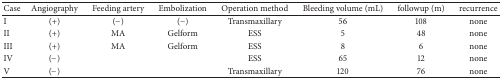
<table><thead><tr><td><b>Case</b></td><td><b>Angiography</b></td><td><b>Feeding artery</b></td><td><b>Embolization</b></td><td><b>Operation method</b></td><td><b>Bleeding volume (mL)</b></td><td><b>followup (m)</b></td><td><b>recurrence</b></td></tr></thead><tbody><tr><td>I</td><td>(+)</td><td>(−)</td><td>(−)</td><td>Transmaxillary</td><td>56</td><td>108</td><td>none</td></tr><tr><td>II</td><td>(+)</td><td>MA</td><td>Gelform</td><td>ESS</td><td>5</td><td>48</td><td>none</td></tr><tr><td>III</td><td>(+)</td><td>MA</td><td>Gelform</td><td>ESS</td><td>8</td><td>6</td><td>none</td></tr><tr><td>IV</td><td>(−)</td><td> </td><td> </td><td>ESS</td><td>65</td><td>12</td><td>none</td></tr><tr><td>V</td><td>(−)</td><td> </td><td> </td><td>Transmaxillary</td><td>120</td><td>76</td><td>none</td></tr></tbody></table>